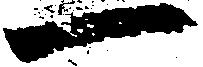
一